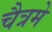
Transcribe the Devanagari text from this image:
चैत्रमे